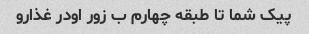
پیک شما تا طبقه چهارم ب زور اودر غذارو